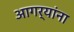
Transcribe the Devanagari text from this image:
आगर्‍यांना